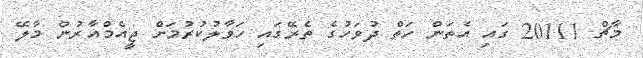
މާޗް 20111 ގައި އެތަން ހަތް ދުވަހުގެ ތެރޭގައި ހަވާލުކުރުމަށް ޖީއެމްއާރުން މާލޭ